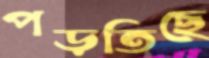
পড়তিছে